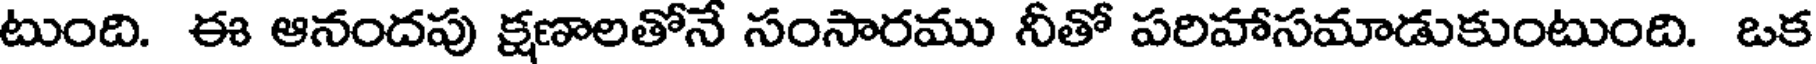
టుంది. ఈ ఆనందపు క్షణాలతోనే సంసారము నీతో పరిహాసమాడుకుంటుంది. ఒక